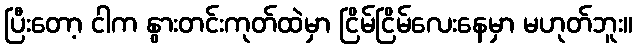
ပြီးတော့ ငါက နွားတင်းကုတ်ထဲမှာ ငြိမ်ငြိမ်လေးနေမှာ မဟုတ်ဘူး။